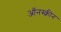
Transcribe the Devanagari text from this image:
ऑंनस्क्रीन